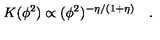
K ( \phi ^ { 2 } ) \propto ( \phi ^ { 2 } ) ^ { - \eta / ( 1 + \eta ) } \quad .